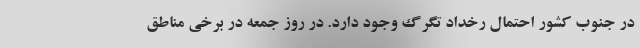
در جنوب کشور احتمال رخداد تگرگ وجود دارد. در روز جمعه در برخی مناطق